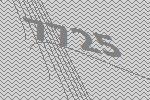
7725